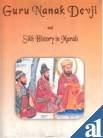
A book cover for Guru Nanak Devji and Sikh Historyj in Murals; Sohan Singh Khalsaji; Religion & Spirituality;